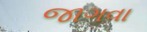
જાગવા